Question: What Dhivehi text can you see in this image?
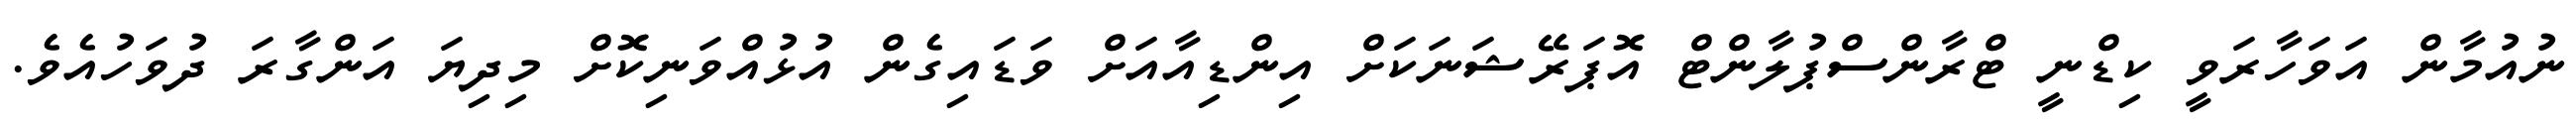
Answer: ނުއުމާން އަވަހާރަވީ ކިޑްނީ ޓްރާންސްޕުލާންޓް އޮޕަރޭޝަނަކަށް އިންޑިއާއަށް ވަޑައިގެން އުޅުއްވަނިކޮށް މިދިޔަ އަންގާރަ ދުވަހުއެވެ.